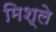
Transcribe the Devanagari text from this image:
मिश्ले